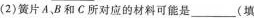
(2)簧片A、B和C所对应的材料可能是___(填